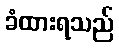
ခံထားရသည်